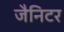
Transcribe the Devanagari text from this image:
जैनिटर